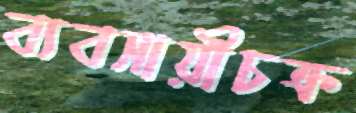
ব্যবসায়ীচক্র